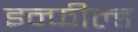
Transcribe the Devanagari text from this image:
इन्फील्ड